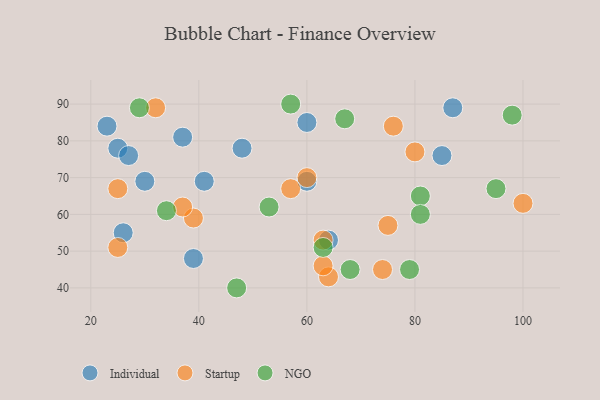
{"axis": {"x": "GDP", "y": "Life Expectancy"}, "legend": ["Individual", "NGO", "Startup"], "data": [{"x": "87", "y": 89, "type": "Individual"}, {"x": "41", "y": 69, "type": "Individual"}, {"x": "37", "y": 81, "type": "Individual"}, {"x": "39", "y": 48, "type": "Individual"}, {"x": "25", "y": 78, "type": "Individual"}, {"x": "26", "y": 55, "type": "Individual"}, {"x": "23", "y": 84, "type": "Individual"}, {"x": "85", "y": 76, "type": "Individual"}, {"x": "64", "y": 53, "type": "Individual"}, {"x": "48", "y": 78, "type": "Individual"}, {"x": "30", "y": 69, "type": "Individual"}, {"x": "27", "y": 76, "type": "Individual"}, {"x": "60", "y": 85, "type": "Individual"}, {"x": "60", "y": 69, "type": "Individual"}, {"x": "25", "y": 67, "type": "Startup"}, {"x": "74", "y": 45, "type": "Startup"}, {"x": "100", "y": 63, "type": "Startup"}, {"x": "32", "y": 89, "type": "Startup"}, {"x": "64", "y": 43, "type": "Startup"}, {"x": "39", "y": 59, "type": "Startup"}, {"x": "25", "y": 51, "type": "Startup"}, {"x": "63", "y": 53, "type": "Startup"}, {"x": "76", "y": 84, "type": "Startup"}, {"x": "75", "y": 57, "type": "Startup"}, {"x": "80", "y": 77, "type": "Startup"}, {"x": "37", "y": 62, "type": "Startup"}, {"x": "63", "y": 46, "type": "Startup"}, {"x": "57", "y": 67, "type": "Startup"}, {"x": "60", "y": 70, "type": "Startup"}, {"x": "63", "y": 51, "type": "NGO"}, {"x": "53", "y": 62, "type": "NGO"}, {"x": "57", "y": 90, "type": "NGO"}, {"x": "79", "y": 45, "type": "NGO"}, {"x": "34", "y": 61, "type": "NGO"}, {"x": "29", "y": 89, "type": "NGO"}, {"x": "81", "y": 65, "type": "NGO"}, {"x": "98", "y": 87, "type": "NGO"}, {"x": "95", "y": 67, "type": "NGO"}, {"x": "68", "y": 45, "type": "NGO"}, {"x": "81", "y": 60, "type": "NGO"}, {"x": "47", "y": 40, "type": "NGO"}, {"x": "67", "y": 86, "type": "NGO"}]}